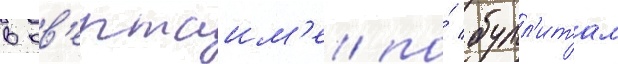
в ов'ертаим'е/ по́ булл'итам